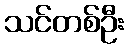
သင်တစ်ဦး